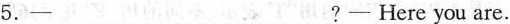
5.-___?- Here you are.